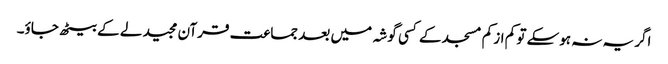
اگر یہ نہ ہوسکے تو کم از کم مسجد کے کسی گوشہ میں بعد جماعت قرآن مجید لے کے بیٹھ جاؤ۔